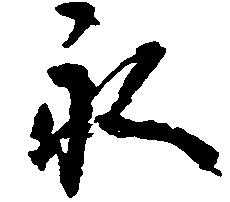
永